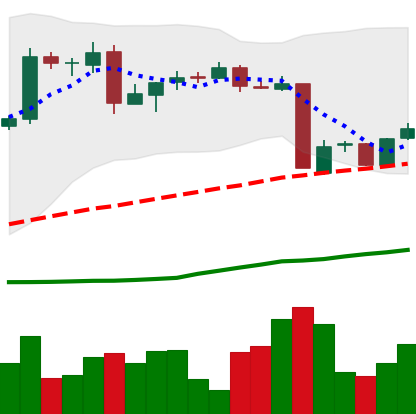
Ticker: BTC-USD
Chart end date: 2016-05-24
Forward return: 17.994%
Label: up_7plus